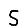
Digit: 5